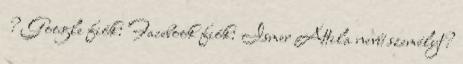
? Google fiók: Facebook fiók: Ismer Attila nevű személyt?